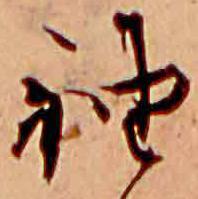
袖